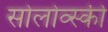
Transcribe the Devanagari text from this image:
सोलोव्स्की